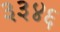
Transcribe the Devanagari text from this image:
३३४६